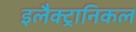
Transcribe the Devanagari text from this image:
इलैक्ट्रानिकल